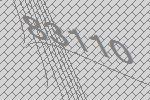
83110